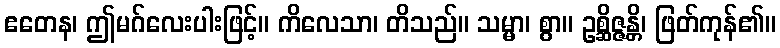
ဧတေန၊ ဤမဂ်လေးပါးဖြင့်။ ကိလေသာ၊ တိသည်။ သမ္မာ၊ စွာ။ ဥစ္ဆိဇ္ဇန္တိ၊ ဖြတ်ကုန်၏။